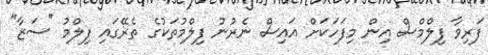
ފަރިވާ ފިލްމްސް އިން މިފަހަކަށް އައިސް ނެރުނު ފިލްމުތަކުގެ ތެރޭގައި ފިލްމު "ސަޒާ"